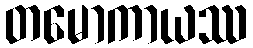
တမောကာယဿ